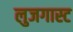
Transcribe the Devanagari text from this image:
लुजगास्ट